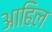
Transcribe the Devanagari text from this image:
आहिल